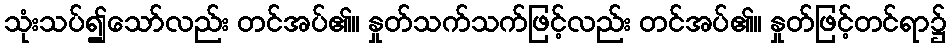
သုံးသပ်၍သော်လည်း တင်အပ်၏။ နှုတ်သက်သက်ဖြင့်လည်း တင်အပ်၏။ နှုတ်ဖြင့်တင်ရာ၌